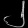
Digit: ၂